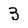
Character: 3